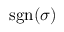
\operatorname { s g n } ( \sigma )